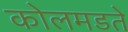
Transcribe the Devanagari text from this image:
कोलमडते